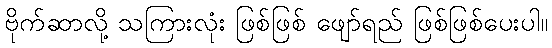
ဗိုက်ဆာလို့ သကြားလုံး ဖြစ်ဖြစ် ဖျော်ရည် ဖြစ်ဖြစ်ပေးပါ။